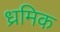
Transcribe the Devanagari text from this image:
ध्रमिक